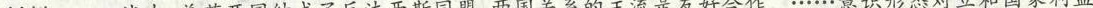
材料二 二战中，美苏两国结成了反法西斯同盟，两国关系的主流是友好合作。……意识形态对立和国家利益